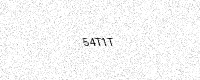
Text: 54T1T